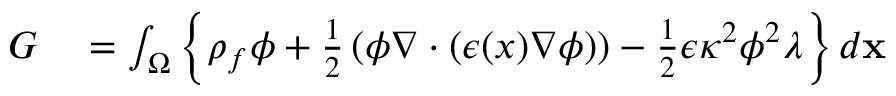
\begin{array} { r l } { G } & { { } = \int _ { \Omega } \left\{ \rho _ { f } \phi + \frac { 1 } { 2 } \left( \phi \nabla \cdot ( \epsilon ( x ) \nabla \phi ) \right) - \frac { 1 } { 2 } \epsilon \kappa ^ { 2 } \phi ^ { 2 } \lambda \right\} d \mathbf { x } } \end{array}